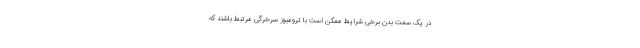
در یک سمت بدن برخی شرایط ممکن است با ترومبوز سرخرگی مرتبط باشند که